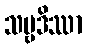
သဗ္ဗဒိဿာ